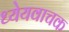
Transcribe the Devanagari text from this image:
ध्येयवाचक